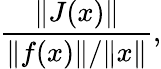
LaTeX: {\frac{\| J(x)\| }{\| f(x)\| /\| x\| }},